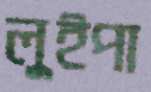
লুইপা